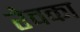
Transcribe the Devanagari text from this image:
रेवका